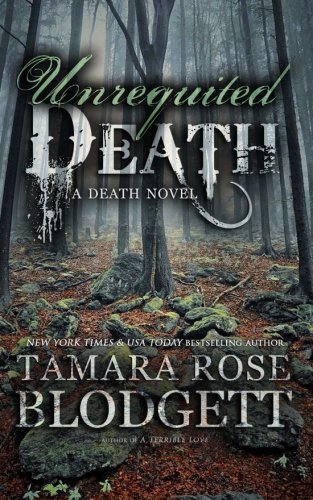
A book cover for Unrequited Death; Tamara Rose Blodgett; Science Fiction & Fantasy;